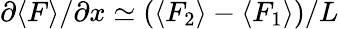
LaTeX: \partial\langle F\rangle/\partial x\simeq(\langle F_{2}\rangle-\langle F_{1}\rangle)/L